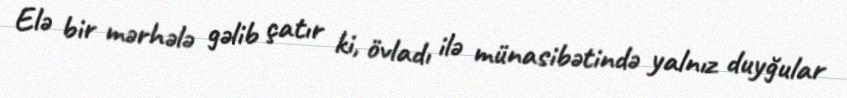
Elə bir mərhələ gəlib çatır ki, övladı ilə münasibətində yalnız duyğular